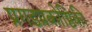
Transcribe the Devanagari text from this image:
प्रगडप्रकोष्ठिकी